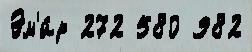
Эм'и́р 272 580 982